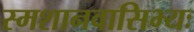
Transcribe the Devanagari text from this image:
स्मशानवासिभ्यः